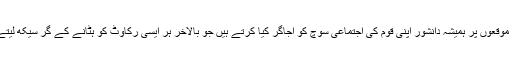
ایسے موقعوں پر ہمیشہ دانشور اپنی قوم کی اجتماعی سوچ کو اجاگر کیا کرتے ہیں جو بالآخر ہر ایسی رکاوٹ کو ہٹانے کے گُر سیکھ لیتے ہیں۔